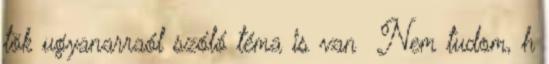
tök ugyanarraól szóló téma is van Nem tudom, h